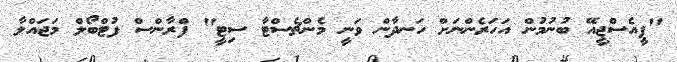
"ޕީއެސްޖީއޭ ބުނުމުން އަހަރެންނަށް ހަނދާން ވަނީ މެންޗެސްޓާ ސިޓީ" ފްރާންސް ފުޓްބޯލް މަޖައްލާ